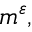
m ^ { \varepsilon } ,